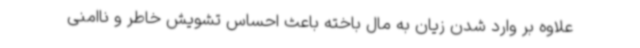
علاوه بر وارد شدن زیان به مال باخته باعث احساس تشویش خاطر و ناامنی